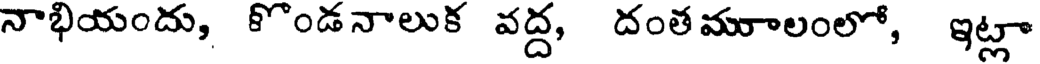
నాభియందు, కొండనాలుక వద్ద, దంత మూలంలో, ఇట్లా